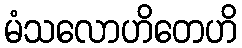
မံသလောဟိတေဟိ